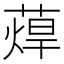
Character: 蔊